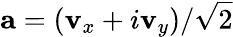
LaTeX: \mathbf{a}=\left(\mathbf{v}_{x}+i\mathbf{v}_{y}\right)/\sqrt{2}